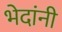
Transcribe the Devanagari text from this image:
भेदांनी